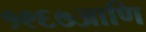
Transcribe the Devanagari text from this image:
१९६७आणि